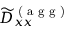
\widetilde { D } _ { x x } ^ { \textrm { ( a g g ) } }